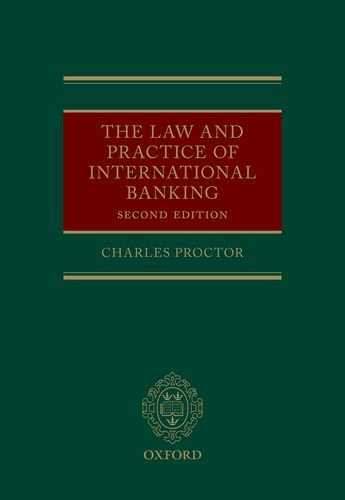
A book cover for The Law and Practice of International Banking; Charles Proctor; Law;